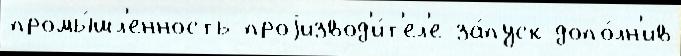
промы́шл'енность проjизвод'и́т'ел'е за́пуск допо́лн'ив